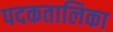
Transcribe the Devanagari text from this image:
पदकतालिका